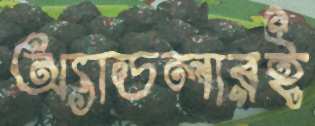
অ্যাডলারই